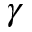
\gamma